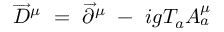
\overrightarrow { D } ^ { \mu } \ = \ \overrightarrow { \partial } ^ { \mu } \ - \ i g T _ { a } A _ { a } ^ { \mu }